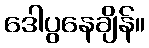
ဒေါပွနေချိန်။